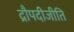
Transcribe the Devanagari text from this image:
द्रौपदीजीति